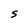
Character: S